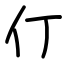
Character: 仃